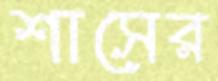
শাসের